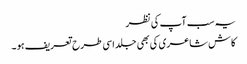
یہ سب آپ کی نظر
کاش شاعری کی بھی جلد اسی طرح تعریف ہو ۔